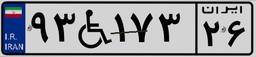
۹۳W۱۷۳۲۶